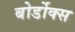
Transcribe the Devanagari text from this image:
बोर्डोक्स